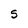
Character: S